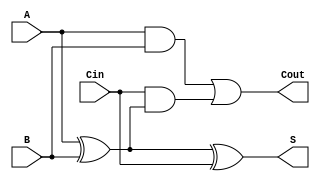
module full_adder (
    input wire A,     // First input bit
    input wire B,     // Second input bit
    input wire Cin,   // Carry-in bit
    output wire S,    // Sum output
    output wire Cout  // Carry-out output
);

// Internal signals for the intermediate calculations
wire AxorB;

// Calculate the sum output (S)
assign AxorB = A ^ B;      // A XOR B
assign S = AxorB ^ Cin;    // S = A XOR B XOR Cin

// Calculate the carry-out output (Cout)
assign Cout = (A & B) | (Cin & AxorB); // Cout = (A AND B) OR (Cin AND (A XOR B))

endmodule